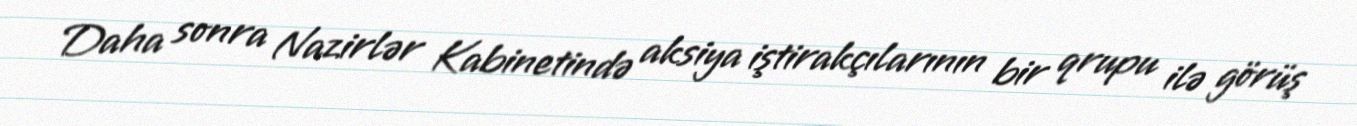
Daha sonra Nazirlər Kabinetində aksiya iştirakçılarının bir qrupu ilə görüş